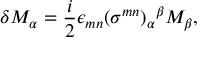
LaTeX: \delta M _ { \alpha } = \frac { i } { 2 } \epsilon _ { m n } ( \sigma ^ { m n } ) _ { \alpha } { } ^ { \beta } M _ { \beta } ,